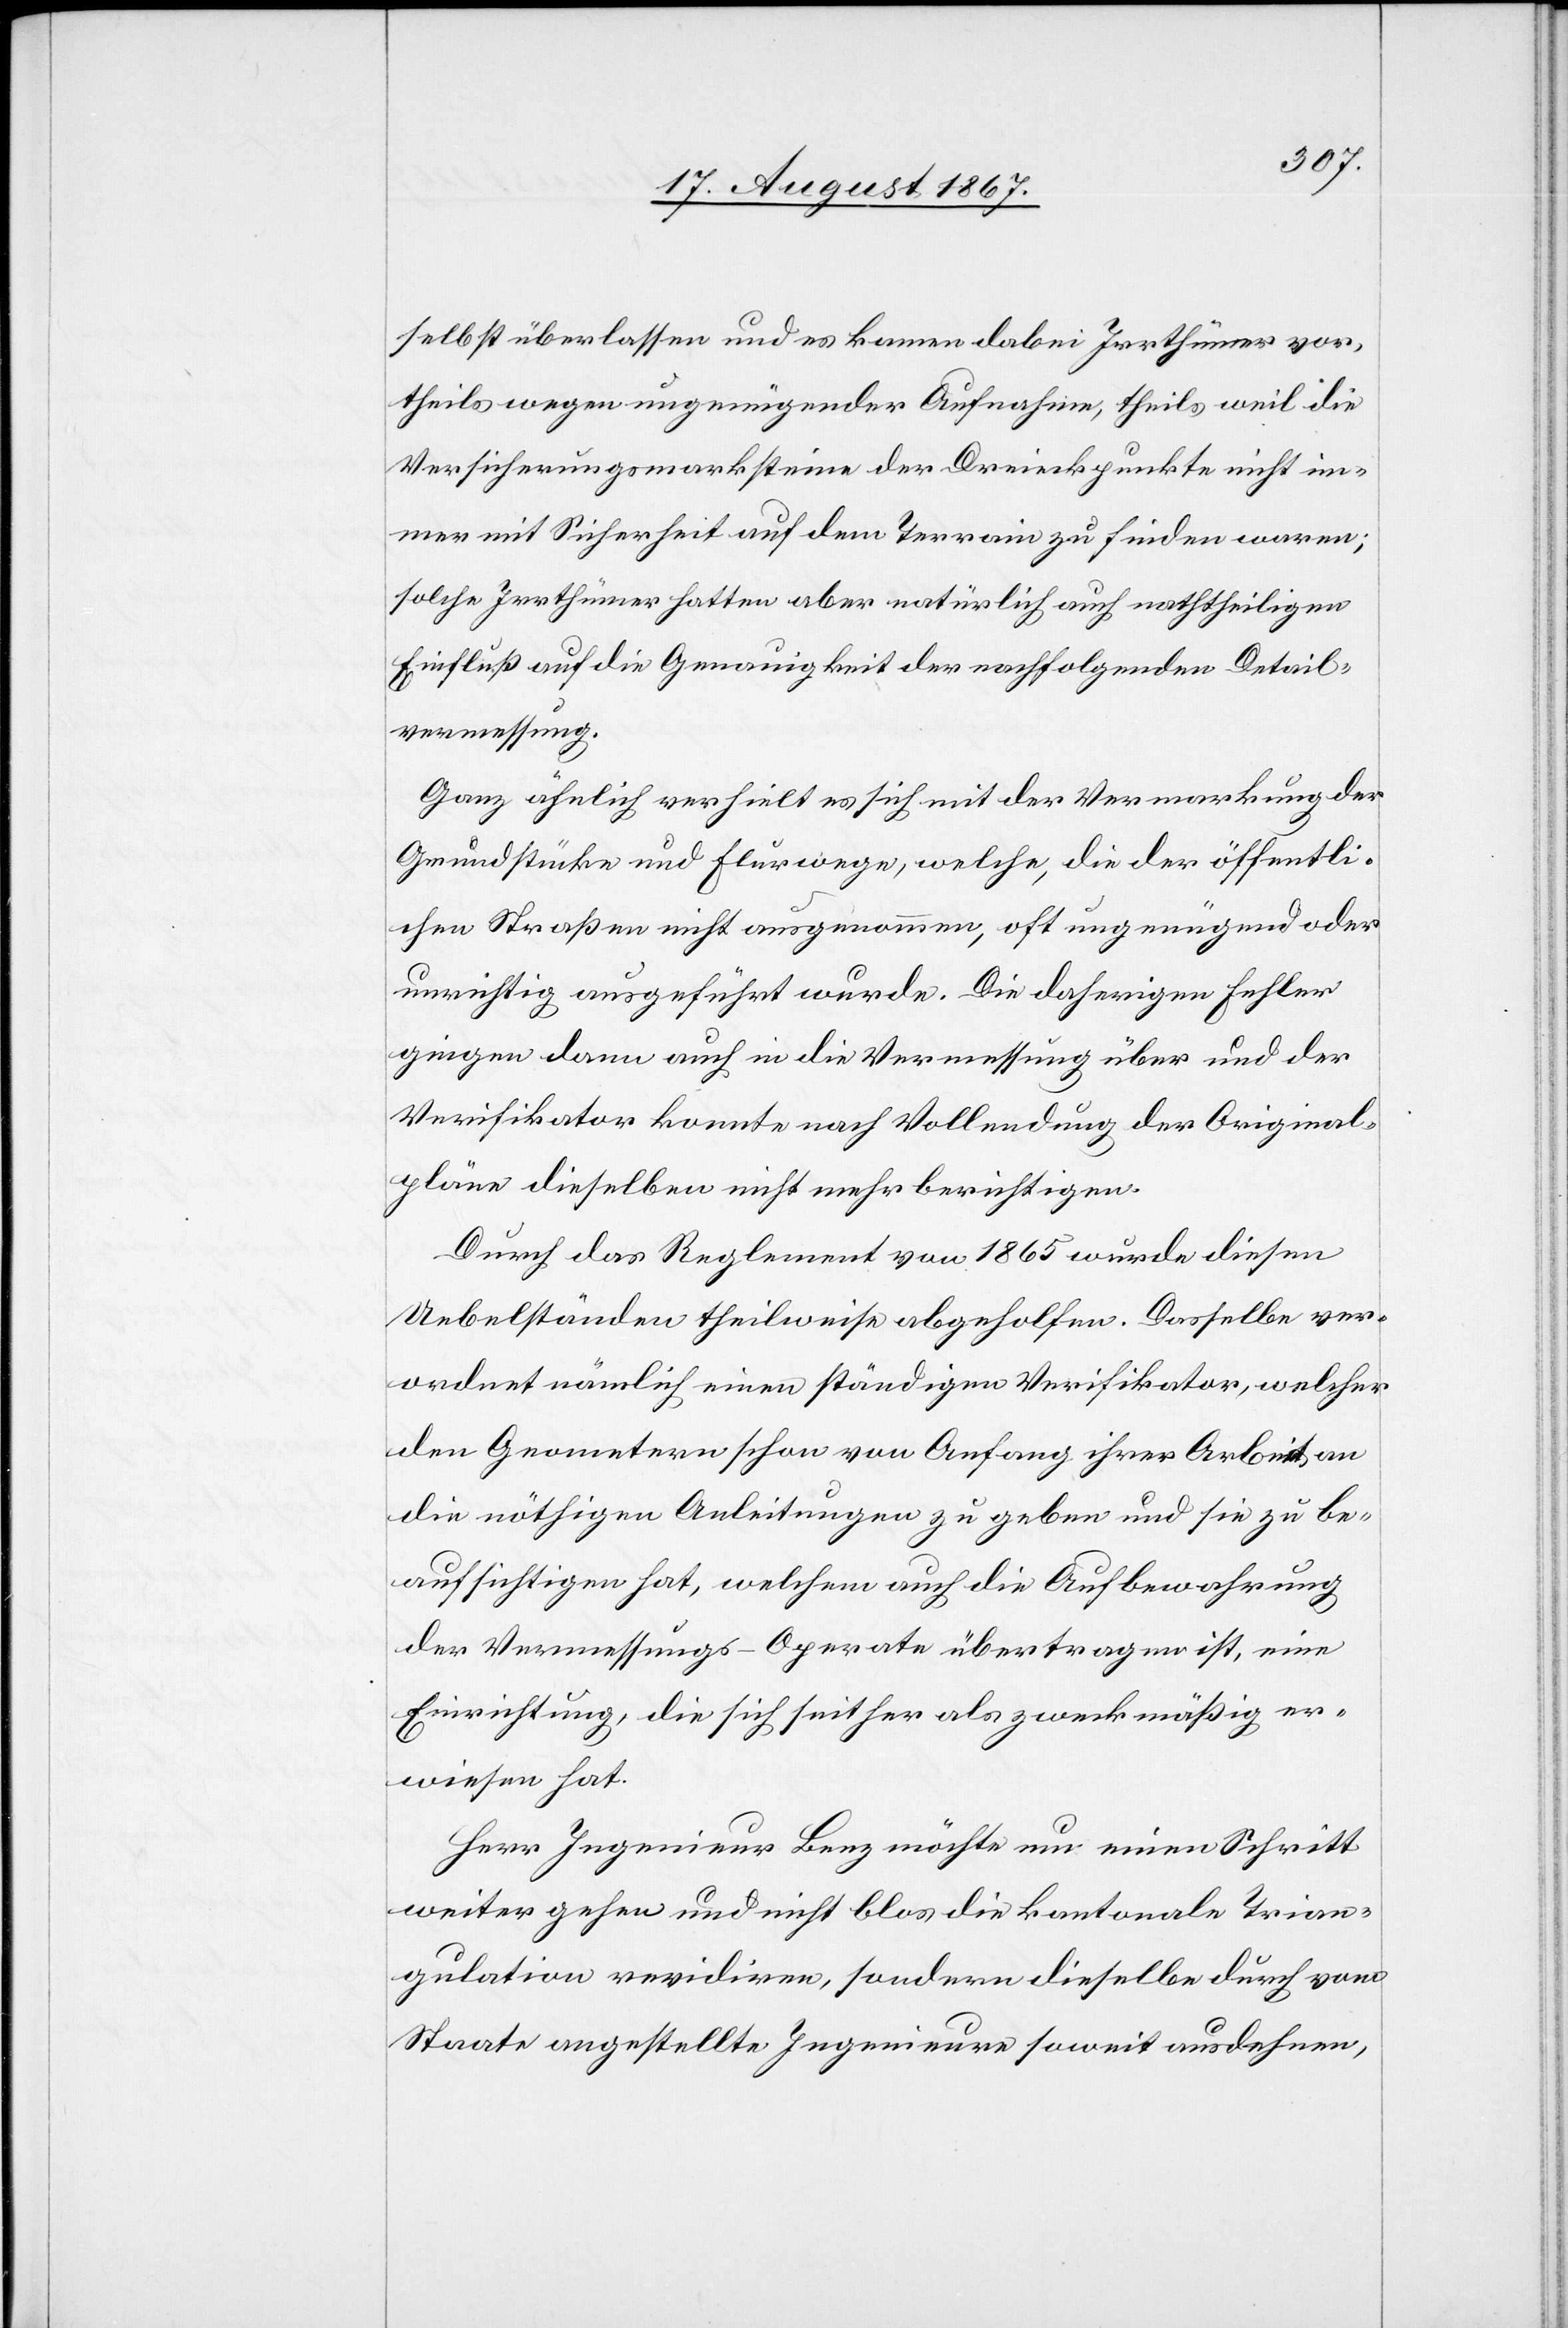
selbst überlassen und es kamen dabei Irrthümer vor,
theils wegen ungenügender Aufnahme, theils weil die
Versicherungsmarksteine der Dreieckpunkte nicht im¬
mer mit Sicherheit auf dem Terrain zu finden waren;
solche Irrthümer hatten aber natürlich auch nachtheiligen
Einfluß auf die Genauigkeit der nachfolgenden Detail¬
vermessung.
Ganz ähnlich verhielt es sich mit der Vermarkung der
Grundstücke und Flurwege, welche, die der öffentli¬
chen Straßen nicht ausgenommen, oft ungenügend oder
unrichtig ausgeführt wurde. Die daherigen Fehler
gingen dann auch in die Vermessung über und der
Verifikator konnte nach Vollendung der Original¬
pläne dieselben nicht mehr berichtigen.
Durch das Reglement von 1865 wurde diesen
Uebelständen theilweise abgeholfen. Dasselbe ver¬
ordnet nämlich einen ständigen Verifikator, welcher
den Geometern schon von Anfang ihrer Arbeit an
die nöthigen Anleitungen zu geben und sie zu be¬
aufsichtigen hat, welchem auch die Aufbewahrung
der Vermessungs-Operate übertragen ist, eine
Einrichtung, die sich seither als zweckmäßig er¬
wiesen hat.
Herr Ingenieur Benz möchte nun einen Schritt
weiter gehen und nicht blos die kantonale Trian¬
gulation revidiren, sondern dieselbe durch vom
Staate angestellte Ingenieure soweit ausdehnen,